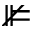
\nVDash